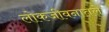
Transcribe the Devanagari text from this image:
लोकजीवनातले